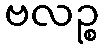
ဗလဉ္စ